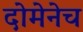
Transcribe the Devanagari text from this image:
दोमेनेच